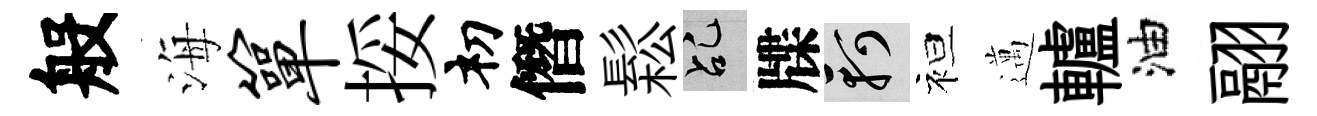
般海箪挼𥘉僭鬆乩牒軻袒邁轤油翮